Civil Veterinary Department Bihar & Orissa reports 1922-29 - 1922-1929
Year: 1922
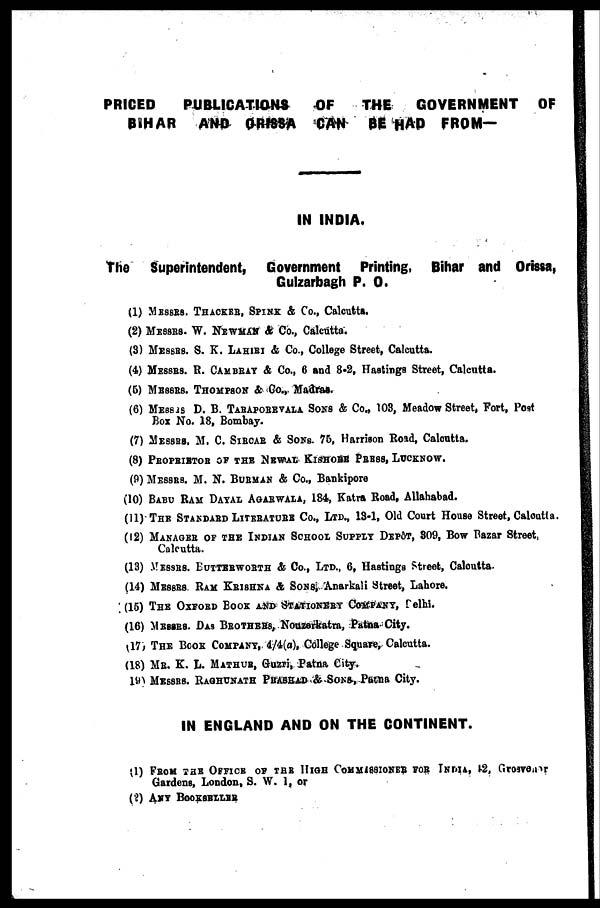
PRICED
PUBLICATIONS
OF
THE GOVERNMENT OF
BIHAR
AND ORISSA CAN BE HAD FROM—
IN INDIA.
The
Superintendent, Government Printing, Bihar and Orissa,
Gulzarbagh P. O.
(1) MESSRS. THACKER, SPINK & Co., Calcutta.
(2) MESSRS. W. NEWMAN A Co., Calcutta.
(3) MESSRS. S. K. LAHIRI & Co., College Street, Calcutta.
(4) MESSRS. R. CAMBRAY & Co., 6 and 8-2, Hastings Street, Calcutta.
(5) MESSRS. THOMPSON & Co., Madras.
(6) MESSRS D. B. TARAPOREVALA SONS & Co., 103, Meadow Street, Fort, Post
Box No. 18, Bombay.
(7) MESSRS. M. C. SIECAR & SONS. 75, Harrison Road, Calcutta.
(8) PROPRITOR OF THE NEWAL KISHORE PRESS, LUCKNOW.
(9) MESSRS. M. N. BURMAN & Co., Bankipore
(10) BABU RAM DAYAL AGARWALA, 184, Katra Road, Allahabad.
(11) THE STANDARD LITERATURE Co., LTD., 13-1, Old Court House Street, Calcutta.
(12) MANAGER OF THE INDIAN SCHOOL SUPPLY DEPÔT, 309, Bow Bazar Street,
Calcutta.
(13) MESSRS. BUTTERWORTH & Co., LTD., 6, Hastings sheet, Calcutta.
(14) MESSRS. RAM KRISHNA A SONS, Anarkali Street, Lahore.
(15) THE OXFORD BOOK AND STATIONARY COMPANY, Delhi.
(16) MESSRS. DAS BROTHERS, Nouzerkatra, Patna City.
(17) THE BOOK COMPANY, 4/4(a), College Square, Calcutta.
(18) MR. K. L. MATHUR, Guzri, Patna City.
(19) MESSRS. RAGHUNATH PRASHAD & SONS, Patna City.
IN ENGLAND AND ON THE CONTINENT.
(1)
FROM
THE
OFFICE
OF
THE
HIGH
Comissioner for India, 42'
Gardens, London, S. W. 1, or
(?) ANY BOOKSELLER